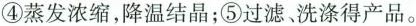
④蒸发浓缩，降温结晶；⑤过滤、洗涤得产品。